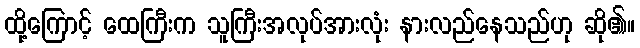
ထို့ကြောင့် ထေကြီးက သူကြီးအလုပ်အားလုံး နားလည်နေသည်ဟု ဆို၏။